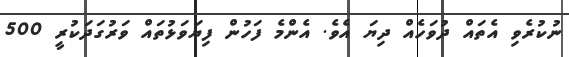
ނުކުރެވި އެތައް ދުވަހެއް ދިޔަ އެވެ. އެންމެ ފަހުން ފިޔަވަޅުތައް ވަރުގަދަކުރީ 500